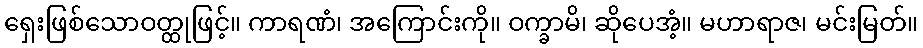
ရှေးဖြစ်သောဝတ္ထုဖြင့်။ ကာရဏံ၊ အကြောင်းကို။ ဝက္ခာမိ၊ ဆိုပေအံ့။ မဟာရာဇ၊ မင်းမြတ်။